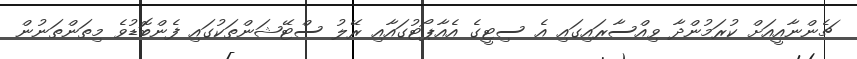
ޗެންނާއީއަށް ކުރަމުންދާ ވިއްސާރައިގައި އެ ސިޓީގެ އެއާޕޯޓުގައާއި ރޭލު ސްޓޭޝަންތަކުގައި ފެންބޮޑުވެ މިތަންތަނުން